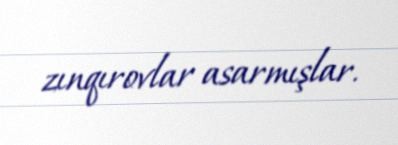
zınqırovlar asarmışlar.